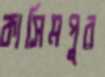
কাসিমপুর